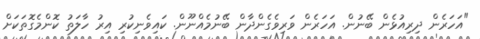
"އަހަރެން ދިރިއުޅެން ބޭނުން. އަހަރެން ވަރިވެގެންދާން ބޭނުމެއްނޫން. ކައިވެނިކުރި އިރު ހާލަތު ކޮންމެގޮތަކަށް